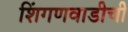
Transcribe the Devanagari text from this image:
शिंगणवाडीची